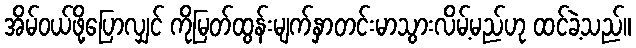
အိမ်ဝယ်ဖို့ပြောလျှင် ကိုမြတ်ထွန်းမျက်နှာတင်းမာသွားလိမ့်မည်ဟု ထင်ခဲ့သည်။